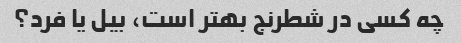
چه کسی در شطرنج بهتر است، بیل یا فرد؟